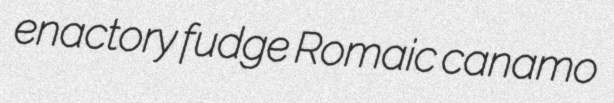
enactory fudge Romaic canamo